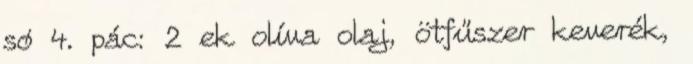
só 4. pác: 2 ek olíva olaj, ötfűszer keverék,